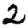
Digit: 2